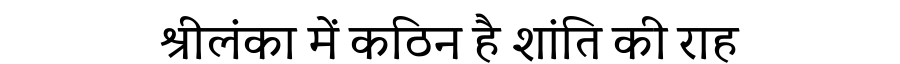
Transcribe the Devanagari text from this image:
श्रीलंका में कठिन है शांति की राह